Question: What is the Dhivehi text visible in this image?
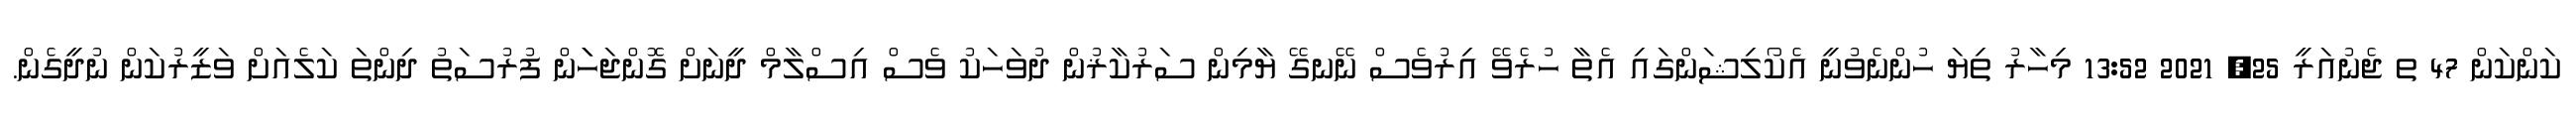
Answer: ކަންކަން 47 ތ ޖެނުއަރީ 25, 2021 13:52 މިހާރު ތިޔަ ހުންނެވުނީ އެކޯލިޝަންގައި އެތާ ހުރެވޭ އިރުވެސް ނޭނގޭ ޔާމިން ސަރުކާޜުން ދުވަހަކު ވެސް އިސްލާމް ދީނަށް ގޮންޖަހަަން ފުރުސަތު ދިންތަ ކަލެއަށް ވަޒީރުކަން ނުދީގެން.